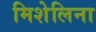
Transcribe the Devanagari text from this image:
मिशेलिना